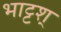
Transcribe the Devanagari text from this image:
भाट्टश्